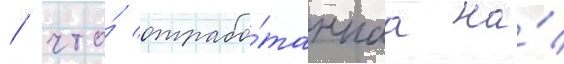
/ что́ отрабо́таннаа на́